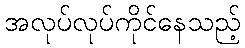
အလုပ်လုပ်ကိုင်နေသည့်